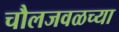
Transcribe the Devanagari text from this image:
चौलजवळच्या